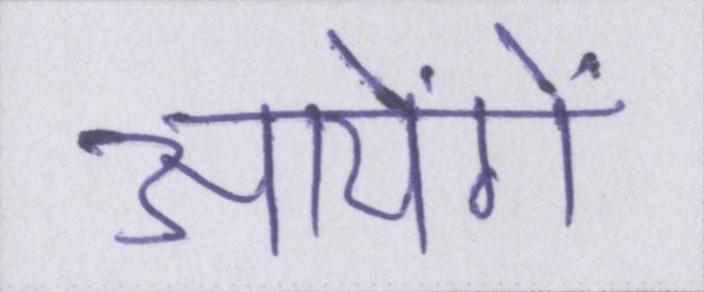
आयेंगे